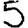
Digit: 5